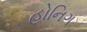
હોનિગ